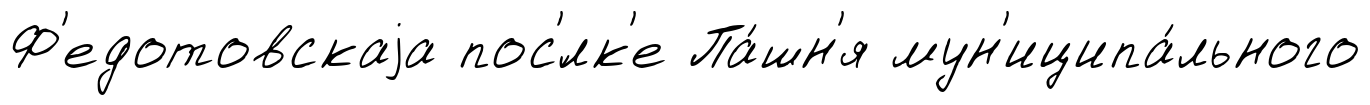
Ф'едотовскаjа пос'́лк'е Па́шн'я мун'иципа́льного